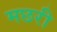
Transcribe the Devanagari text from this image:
मछरी